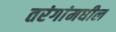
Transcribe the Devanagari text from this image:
तरंगांमधील